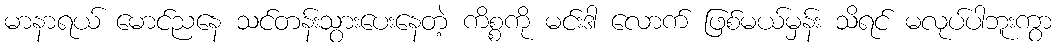
မာနာရယ် မောင်ညနေ သင်တန်းသွားပေးနေတဲ့ ကိစ္စကို မင်းဒါ လောက် ဖြစ်မယ်မှန်း သိရင် မလုပ်ပါဘူးကွာ